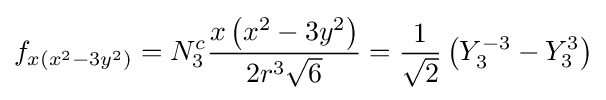
f_{x(x^{2}-3y^{2})}=N_{3}^{c}{\frac {x\left(x^{2}-3y^{2}\right)}{2r^{3}{\sqrt {6}}}}={\frac {1}{\sqrt {2}}}\left(Y_{3}^{-3}-Y_{3}^{3}\right)